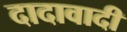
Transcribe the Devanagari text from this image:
दादावादी